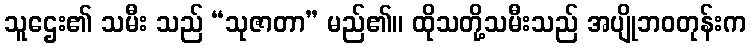
သူဌေး၏ သမီး သည် “သုဇာတာ” မည်၏။ ထိုသတို့သမီးသည် အပျိုဘဝတုန်းက